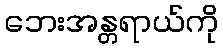
ဘေးအန္တရာယ်ကို